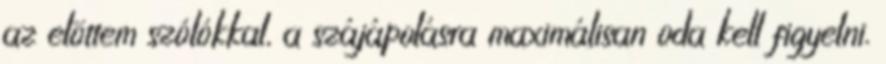
az elõttem szólókkal, a szájápolásra maximálisan oda kell figyelni.